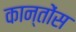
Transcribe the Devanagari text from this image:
कान्तोंस